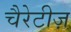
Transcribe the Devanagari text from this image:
चैरेटीज़